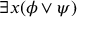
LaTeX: \exists x ( \phi \lor \psi )